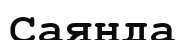
Саянда